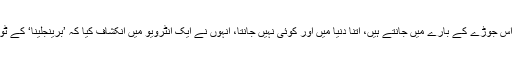
آین ہیلپرن نے دعویٰ کیا کہ جتنا وہ اس جوڑے کے بارے میں جانتے ہیں، اتنا دنیا میں اور کوئی نہیں جانتا، انہوں نے ایک انٹرویو میں انکشاف کیا کہ ’برینجلینا‘ کے ٹوٹنے کی اصل وجوہات کچھ اور ہیں۔